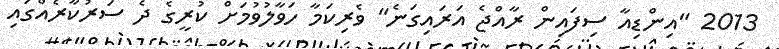
2013 "އިންޑިއާ ސިފައިން ރާއްޖެ އަރައިގަނެ" ވެރިކަމާ ހަވާލުވުމަށް ކުރީގެ ދެ ސަރުކާރެއްގައި